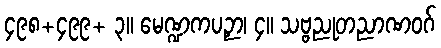
၄၉၈+၄၉၉+ ၃။ မေဏ္ဍကပဉှာ၊ ၄။ သဗ္ဗညုတညာဏဝဂ်